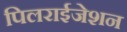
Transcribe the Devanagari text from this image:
पिलराईजेशन